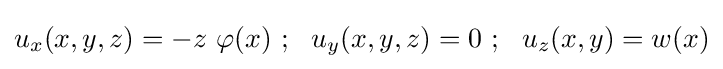
u_{x}(x,y,z)=-z~\varphi (x)~;~~u_{y}(x,y,z)=0~;~~u_{z}(x,y)=w(x)